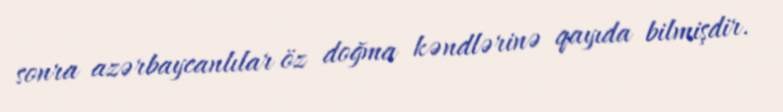
sonra azərbaycanlılar öz doğma kəndlərinə qayıda bilmişdir.